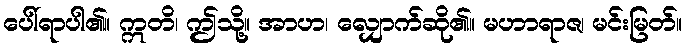
ပေါ်ရာပါ၏။ ဣတိ၊ ဤသို့။ အာဟ၊ လျှောက်ဆို၏။ မဟာရာဇ၊ မင်းမြတ်။